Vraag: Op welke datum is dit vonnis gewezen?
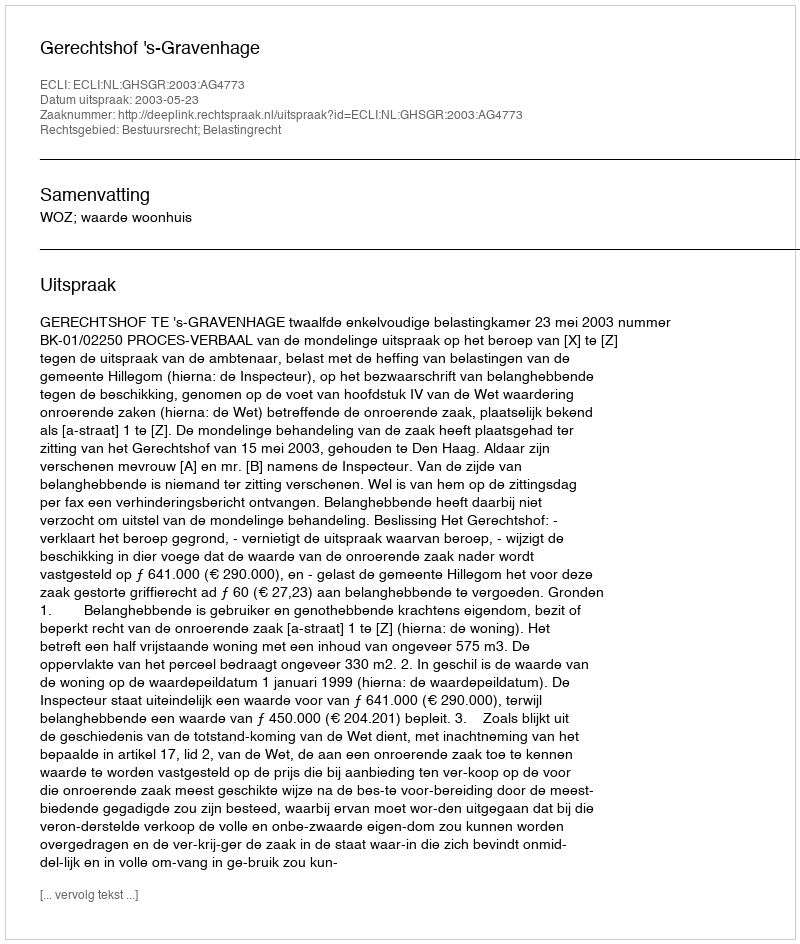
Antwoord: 2003-05-23